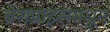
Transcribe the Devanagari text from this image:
बेसप्राइसमधून